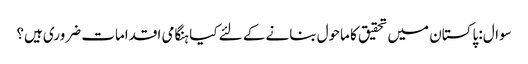
سوال: پاکستان میں تحقیق کا ماحول بنانے کے لئے کیا ہنگامی اقدامات ضروری ہیں؟